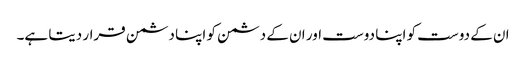
ان کے دوست کو اپنا دوست اور ان کے دشمن کو اپنا دشمن قرار دیتا ہے۔